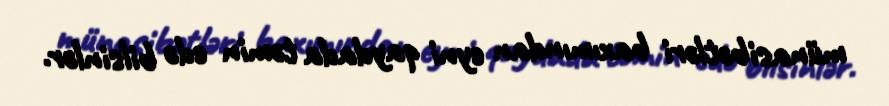
münasibətləri baxımından eyni qaydada təmin edə bilsinlər.